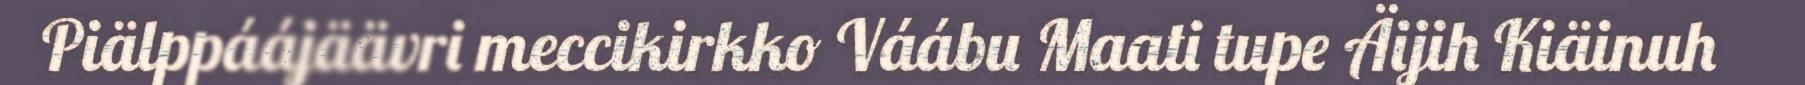
Piälppáájäävri meccikirkko Váábu Maati tupe Äijih Kiäinuh